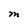
Character: M